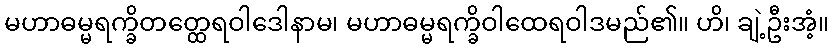
မဟာဓမ္မရက္ခိတတ္ထေရဝါဒေါနာမ၊ မဟာဓမ္မရက္ခိဝါထေရဝါဒမည်၏။ ဟိ၊ ချဲ့ဦးအံ့။